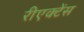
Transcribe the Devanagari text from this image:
रीएक्टेंस